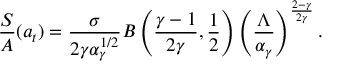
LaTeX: \frac { S } { A } ( a _ { t } ) = \frac { \sigma } { 2 \gamma \alpha _ { \gamma } ^ { 1 / 2 } } B \left( \frac { \gamma - 1 } { 2 \gamma } , \frac { 1 } { 2 } \right) \left( \frac { \Lambda } { \alpha _ { \gamma } } \right) ^ { \frac { 2 - \gamma } { 2 \gamma } } .